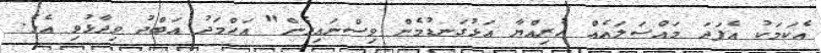
އެކަމަކު އެފަދަ މައްސަލައެއް ހުރިއްޔާ އަޅުގަނޑުމެން ވިސްނައިދެން" އަހްމަދު އަބްދު ވިދާޅުވި އެވެ.